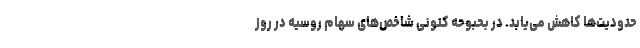
حدودیت‌ها کاهش می‌یابد. در بحبوحه کنونی شاخص‌های سهام روسیه در روز